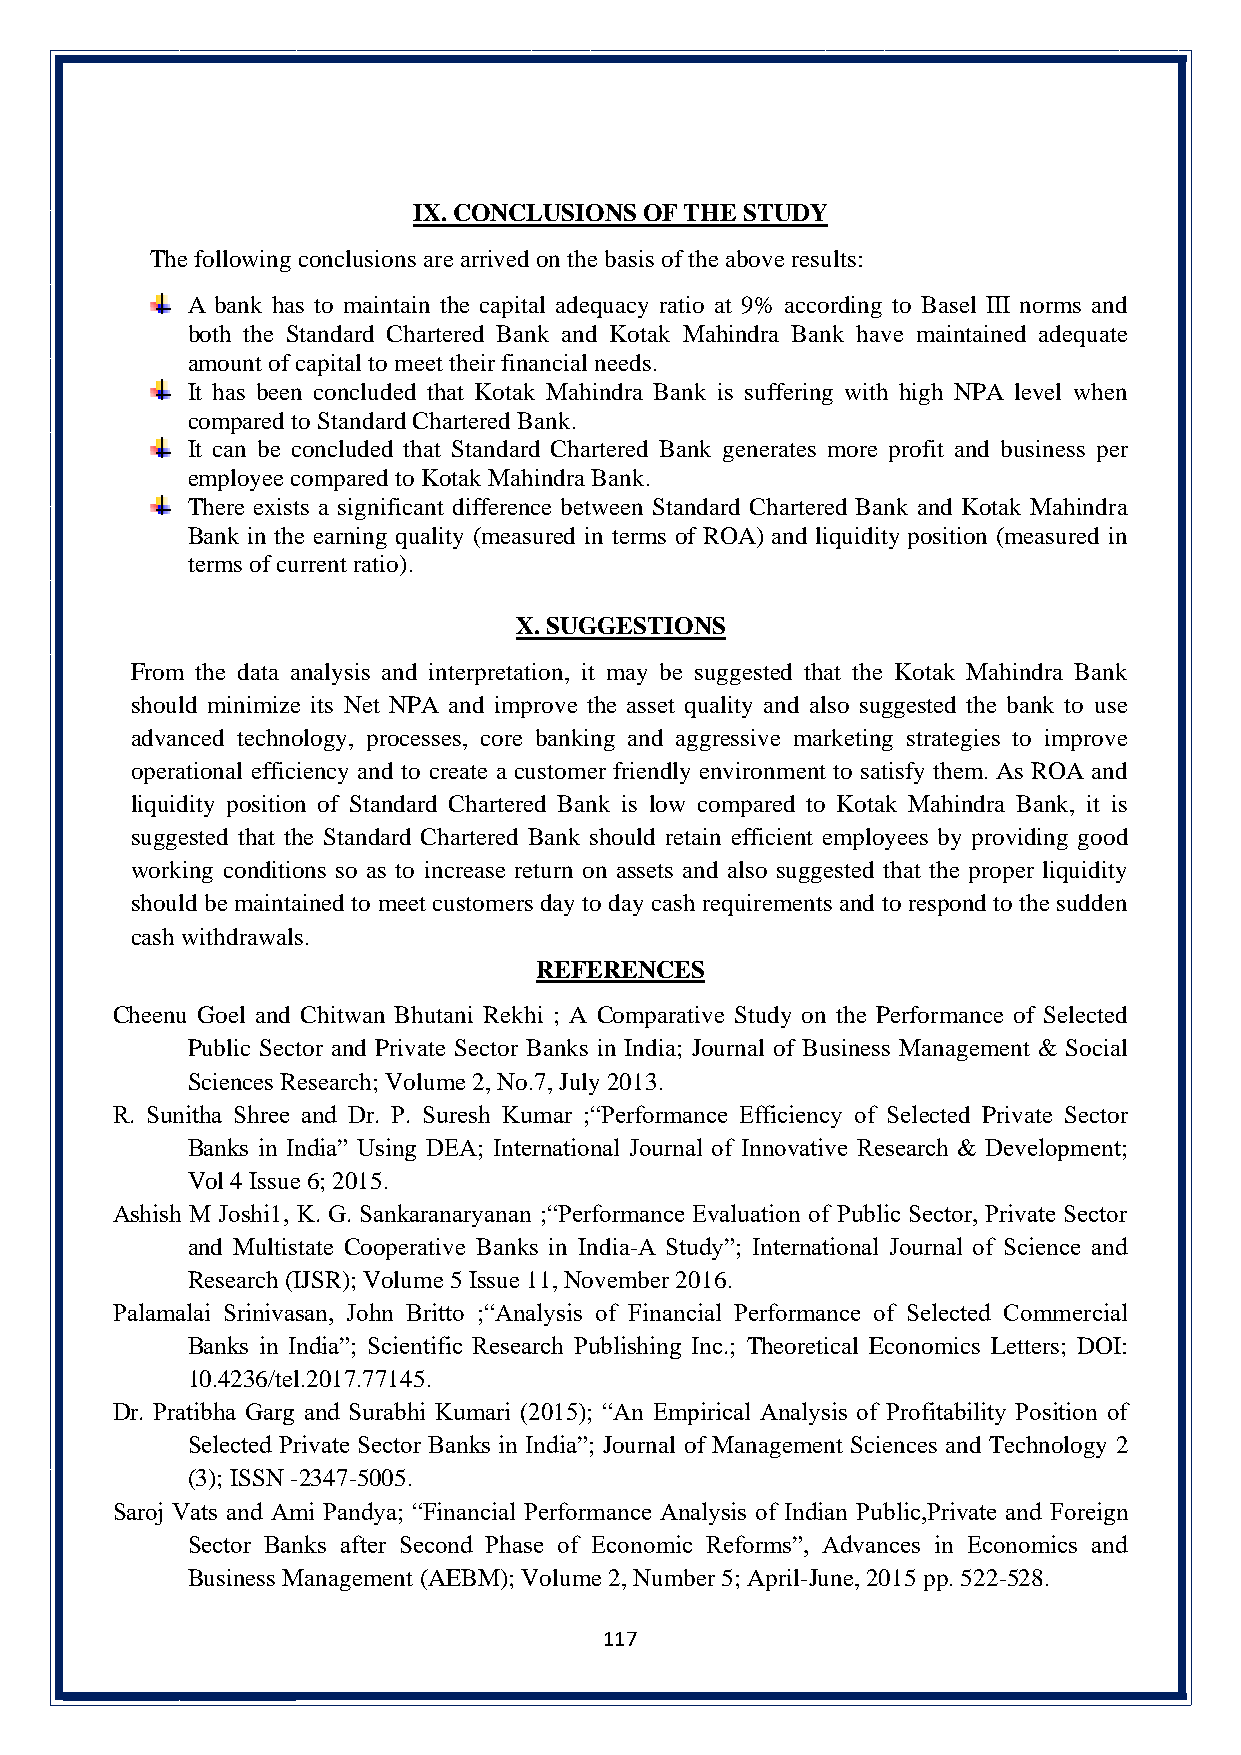
IX. CONCLUSIONS OF THE STUDY
 The following conclusions are arrived on the basis of the above results:
 A bank has to maintain the capital adequacy ratio at 9% according to Basel III norms and
 both the Standard Chartered Bank and Kotak Mahindra Bank have maintained adequate
 amount of capital to meet their financial needs.
 It has been concluded that Kotak Mahindra Bank is suffering with high NPA level when
 compared to Standard Chartered Bank.
 It can be concluded that Standard Chartered Bank generates more profit and business per
 employee compared to Kotak Mahindra Bank.
 There exists a significant difference between Standard Chartered Bank and Kotak Mahindra
 Bank in the earning quality (measured in terms of ROA) and liquidity position (measured in
 terms of current ratio).
 X. SUGGESTIONS
 From the data analysis and interpretation, it may be suggested that the Kotak Mahindra Bank
 should minimize its Net NPA and improve the asset quality and also suggested the bank to use
 advanced technology, processes, core banking and aggressive marketing strategies to improve
 operational efficiency and to create a customer friendly environment to satisfy them. As ROA and
 liquidity position of Standard Chartered Bank is low compared to Kotak Mahindra Bank, it is
 suggested that the Standard Chartered Bank should retain efficient employees by providing good
 working conditions so as to increase return on assets and also suggested that the proper liquidity
 should be maintained to meet customers day to day cash requirements and to respond to the sudden
 cash withdrawals.
 REFERENCES
 Cheenu Goel and Chitwan Bhutani Rekhi ; A Comparative Study on the Performance of Selected
 Public Sector and Private Sector Banks in India; Journal of Business Management & Social
 Sciences Research; Volume 2, No.7, July 2013.
 R. Sunitha Shree and Dr. P. Suresh Kumar ;“Performance Efficiency of Selected Private Sector
 Banks in India” Using DEA; International Journal of Innovative Research & Development;
 Vol 4 Issue 6; 2015.
 Ashish M Joshi1, K. G. Sankaranaryanan ;“Performance Evaluation of Public Sector, Private Sector
 and Multistate Cooperative Banks in India-A Study”; International Journal of Science and
 Research (IJSR); Volume 5 Issue 11, November 2016.
 Palamalai Srinivasan, John Britto ;“Analysis of Financial Performance of Selected Commercial
 Banks in India”; Scientific Research Publishing Inc.; Theoretical Economics Letters; DOI:
 10.4236/tel.2017.77145.
 Dr. Pratibha Garg and Surabhi Kumari (2015); “An Empirical Analysis of Profitability Position of
 Selected Private Sector Banks in India”; Journal of Management Sciences and Technology 2
 (3); ISSN -2347-5005.
 Saroj Vats and Ami Pandya; “Financial Performance Analysis of Indian Public,Private and Foreign
 Sector Banks after Second Phase of Economic Reforms”, Advances in Economics and
 Business Management (AEBM); Volume 2, Number 5; April-June, 2015 pp. 522-528.
 117